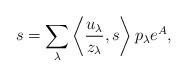
LaTeX: \begin{align*}s = \sum_{\lambda} \left\langle \frac{u_\lambda}{z_\lambda}, s \right\rangle p_\lambda e^A, \end{align*}